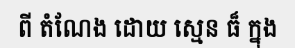
ពី តំណែង ដោយ ស្មេន ធ៏ ក្នុង